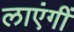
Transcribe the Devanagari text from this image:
लाएंगीं